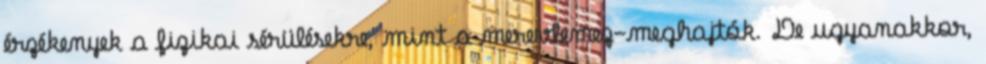
érzékenyek a fizikai sérülésekre, mint a merevlemez-meghajtók. De ugyanakkor,